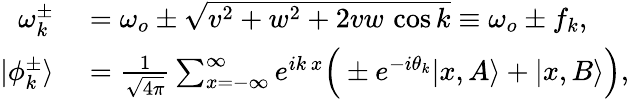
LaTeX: \begin{array}{rl}{\omega_{k}^{\pm}}&{{}=\omega_{o}\pm\sqrt{v^{2}+w^{2}+2vw\, \cos{k}}\equiv\omega_{o}\pm f_{k},}\\ {|\phi_{k}^{\pm}\rangle}&{{}=\frac{1}{\sqrt{4\pi}}\sum_{x=-\infty}^{\infty}e^{ik\, x}\Big(\pm e^{-i\theta_{k}}|x,A\rangle+|x,B\rangle\Big),}\end{array}